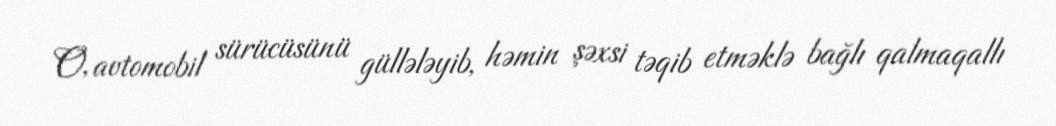
O, avtomobil sürücüsünü güllələyib, həmin şəxsi təqib etməklə bağlı qalmaqallı